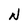
Character: N